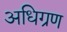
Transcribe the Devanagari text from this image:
अधिग्रण